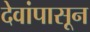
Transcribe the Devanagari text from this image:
देवांपासून